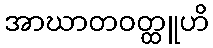
အာဃာတဝတ္ထူဟိ